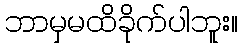
ဘာမှမထိခိုက်ပါဘူး။